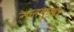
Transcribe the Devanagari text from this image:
नलकुबेर